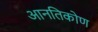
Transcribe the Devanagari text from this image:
आनतिकोण